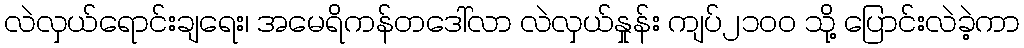
လဲလှယ်ရောင်းချရေး၊ အမေရိကန်တဒေါ်လာ လဲလှယ်နှုန်း ကျပ်၂၁၀၀ သို့ ပြောင်းလဲခဲ့ကာ